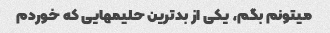
میتونم بگم، یکی از بدترین حلیمهایی که خوردم